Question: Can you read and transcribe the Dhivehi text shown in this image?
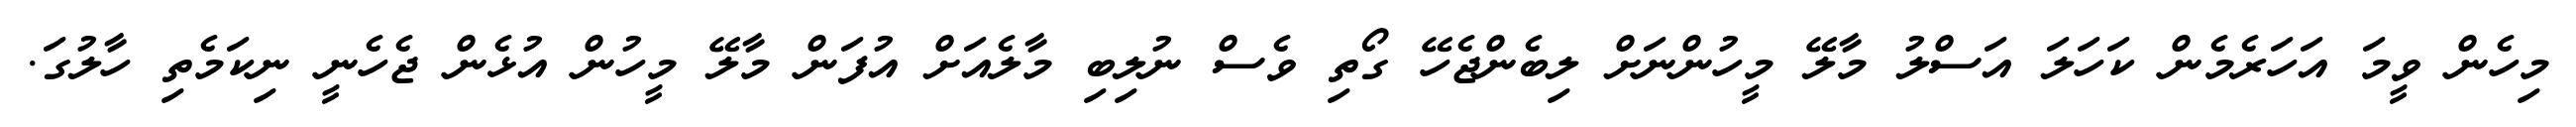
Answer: މިހެން ވީމަ އަހަރެމެން ކަހަލަ އަސްލު މާލޭ މީހުންނަށް ލިބެންޖެހޭ ގޯތި ވެސް ނުލިބި މާލެއަށް އުފަން މާލޭ މީހުން އުޅެން ޖެހެނީ ނިކަމެތި ހާލުގަ.